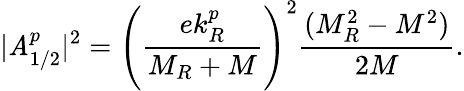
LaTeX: |\mathit{A}_{1/2}^{p}|^{2}=\left(\frac{{ek_{R}^{p}}}{{M_{R}+M}}\right)^{2}\frac{{(M_{R}^{2}-M^{2})}}{{2M}}.